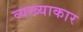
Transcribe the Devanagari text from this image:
व्यख्याकार